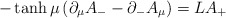
\begin{align*}-\tanh\mu \left(\partial_{\mu} A_- -\partial_{-}A_{\mu}\right) = L A_+\end{align*}